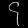
Digit: ၄